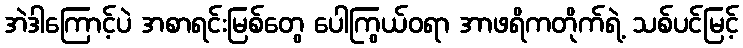
အဲဒါကြောင့်ပဲ အစာရင်းမြစ်တွေ ပေါကြွယ်ဝရာ အာဖရိကတိုက်ရဲ့ သစ်ပင်မြင့်